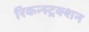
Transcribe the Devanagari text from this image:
रिकन्स्ट्रक्शन